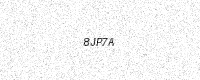
Text: 8JP7A